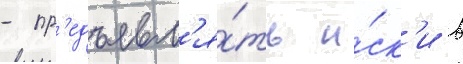
- пр'едъявл'я́ть и́ск'и в